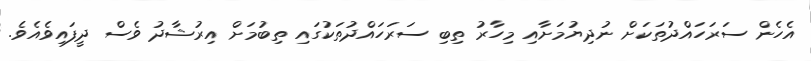
އެހެން ސަރަހައްދުތަކަށް ނުދިޔުމަށާއި މިހާރު ތިބި ސަރަހައްދުތަކުގައި ތިބުމަށް އިރުޝާދު ވެސް ދީފައިވެއެވެ.